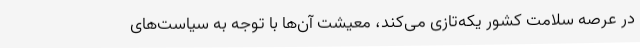
در عرصه سلامت کشور یکه‌تازی می‌کند، معیشت آن‌ها با توجه به سیاست‌های